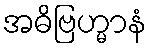
အဓိဗြဟ္မာနံ